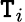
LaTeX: \mathtt{T}_{i}